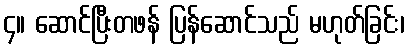
၄။ ဆောင်ပြီးတဖန် ပြန်ဆောင်သည် မဟုတ်ခြင်း၊